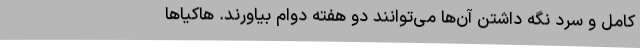
کامل و سرد نگه داشتن آن‌ها می‌توانند دو هفته دوام بیاورند. هاکیاها